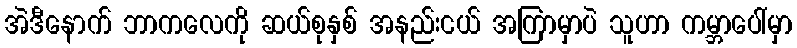
အဲဒီနောက် ဘာကလေကို ဆယ်စုနှစ် အနည်းငယ် အကြာမှာပဲ သူဟာ ကမ္ဘာပေါ်မှာ